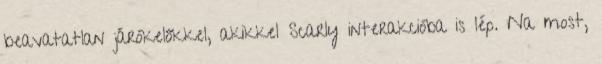
beavatatlan járókelőkkel, akikkel Scarly interakcióba is lép. Na most,